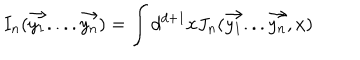
LaTeX: I _ { n } ( \vec { y _ { 1 } } . . . . \vec { y _ { n } } ) = \int d ^ { d + 1 } x J _ { n } ( \vec { y _ { 1 } } . . . \vec { y _ { n } } , x )